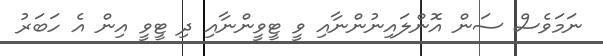
ނަމަވެސް ސަން އޮންލައިނުންނާއި ވީ ޓީވީންނާއި ދި ޓީވީ އިން އެ ހަބަރު